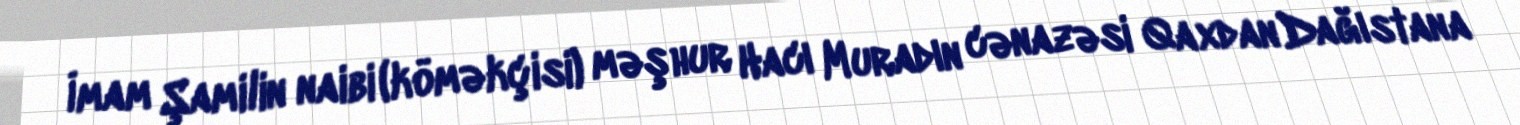
İmam Şamilin naibi (köməkçisi) məşhur Hacı Muradın cənazəsi Qaxdan Dağıstana